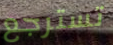
تسترجع